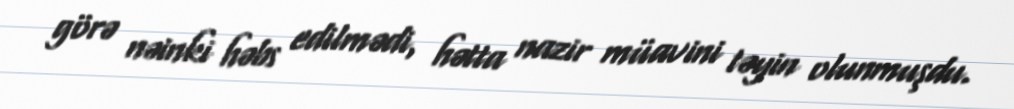
görə nəinki həbs edilmədi, hətta nazir müavini təyin olunmuşdu.